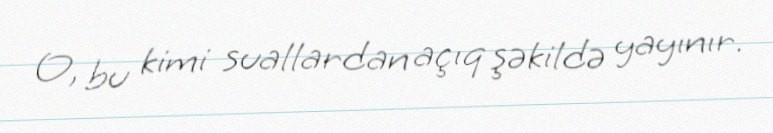
O, bu kimi suallardan açıq şəkildə yayınır.